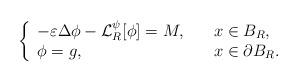
LaTeX: \begin{align*} \left\{ \begin{array}{ll} -\varepsilon\Delta\phi-\mathcal{L}_R^\psi[\phi]=M,\quad& x\in B_R,\\ \phi=g,& x\in \partial B_R. \end{array} \right. \end{align*}